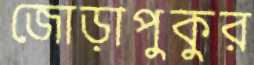
জোড়াপুকুর